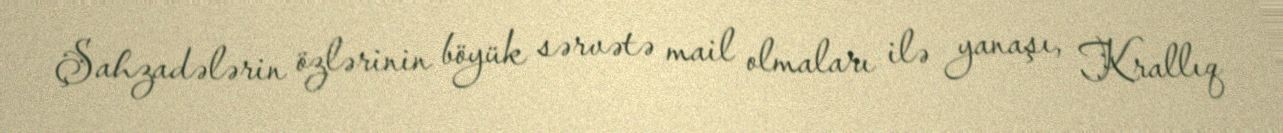
Şahzadələrin özlərinin böyük sərvətə mail olmaları ilə yanaşı, Krallıq